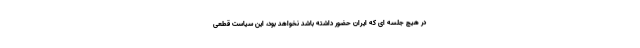
در هیچ جلسه ای که ایران حضور داشته باشد نخواهد بود، این سیاست قطعی